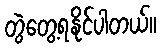
တွဲတွေ့ရနိုင်ပါတယ်။